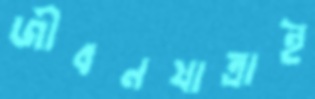
জীবনযাত্রাই